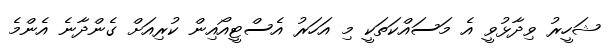
ޝަހީރު ވިދާޅުވީ އެ މަސައްކަތަކީ މި އަހަރު އެސްޓީއޯއިން ކުރިއަށް ގެންދާނެ އެންމެ